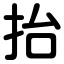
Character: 抬